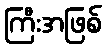
ကြီးအဖြစ်